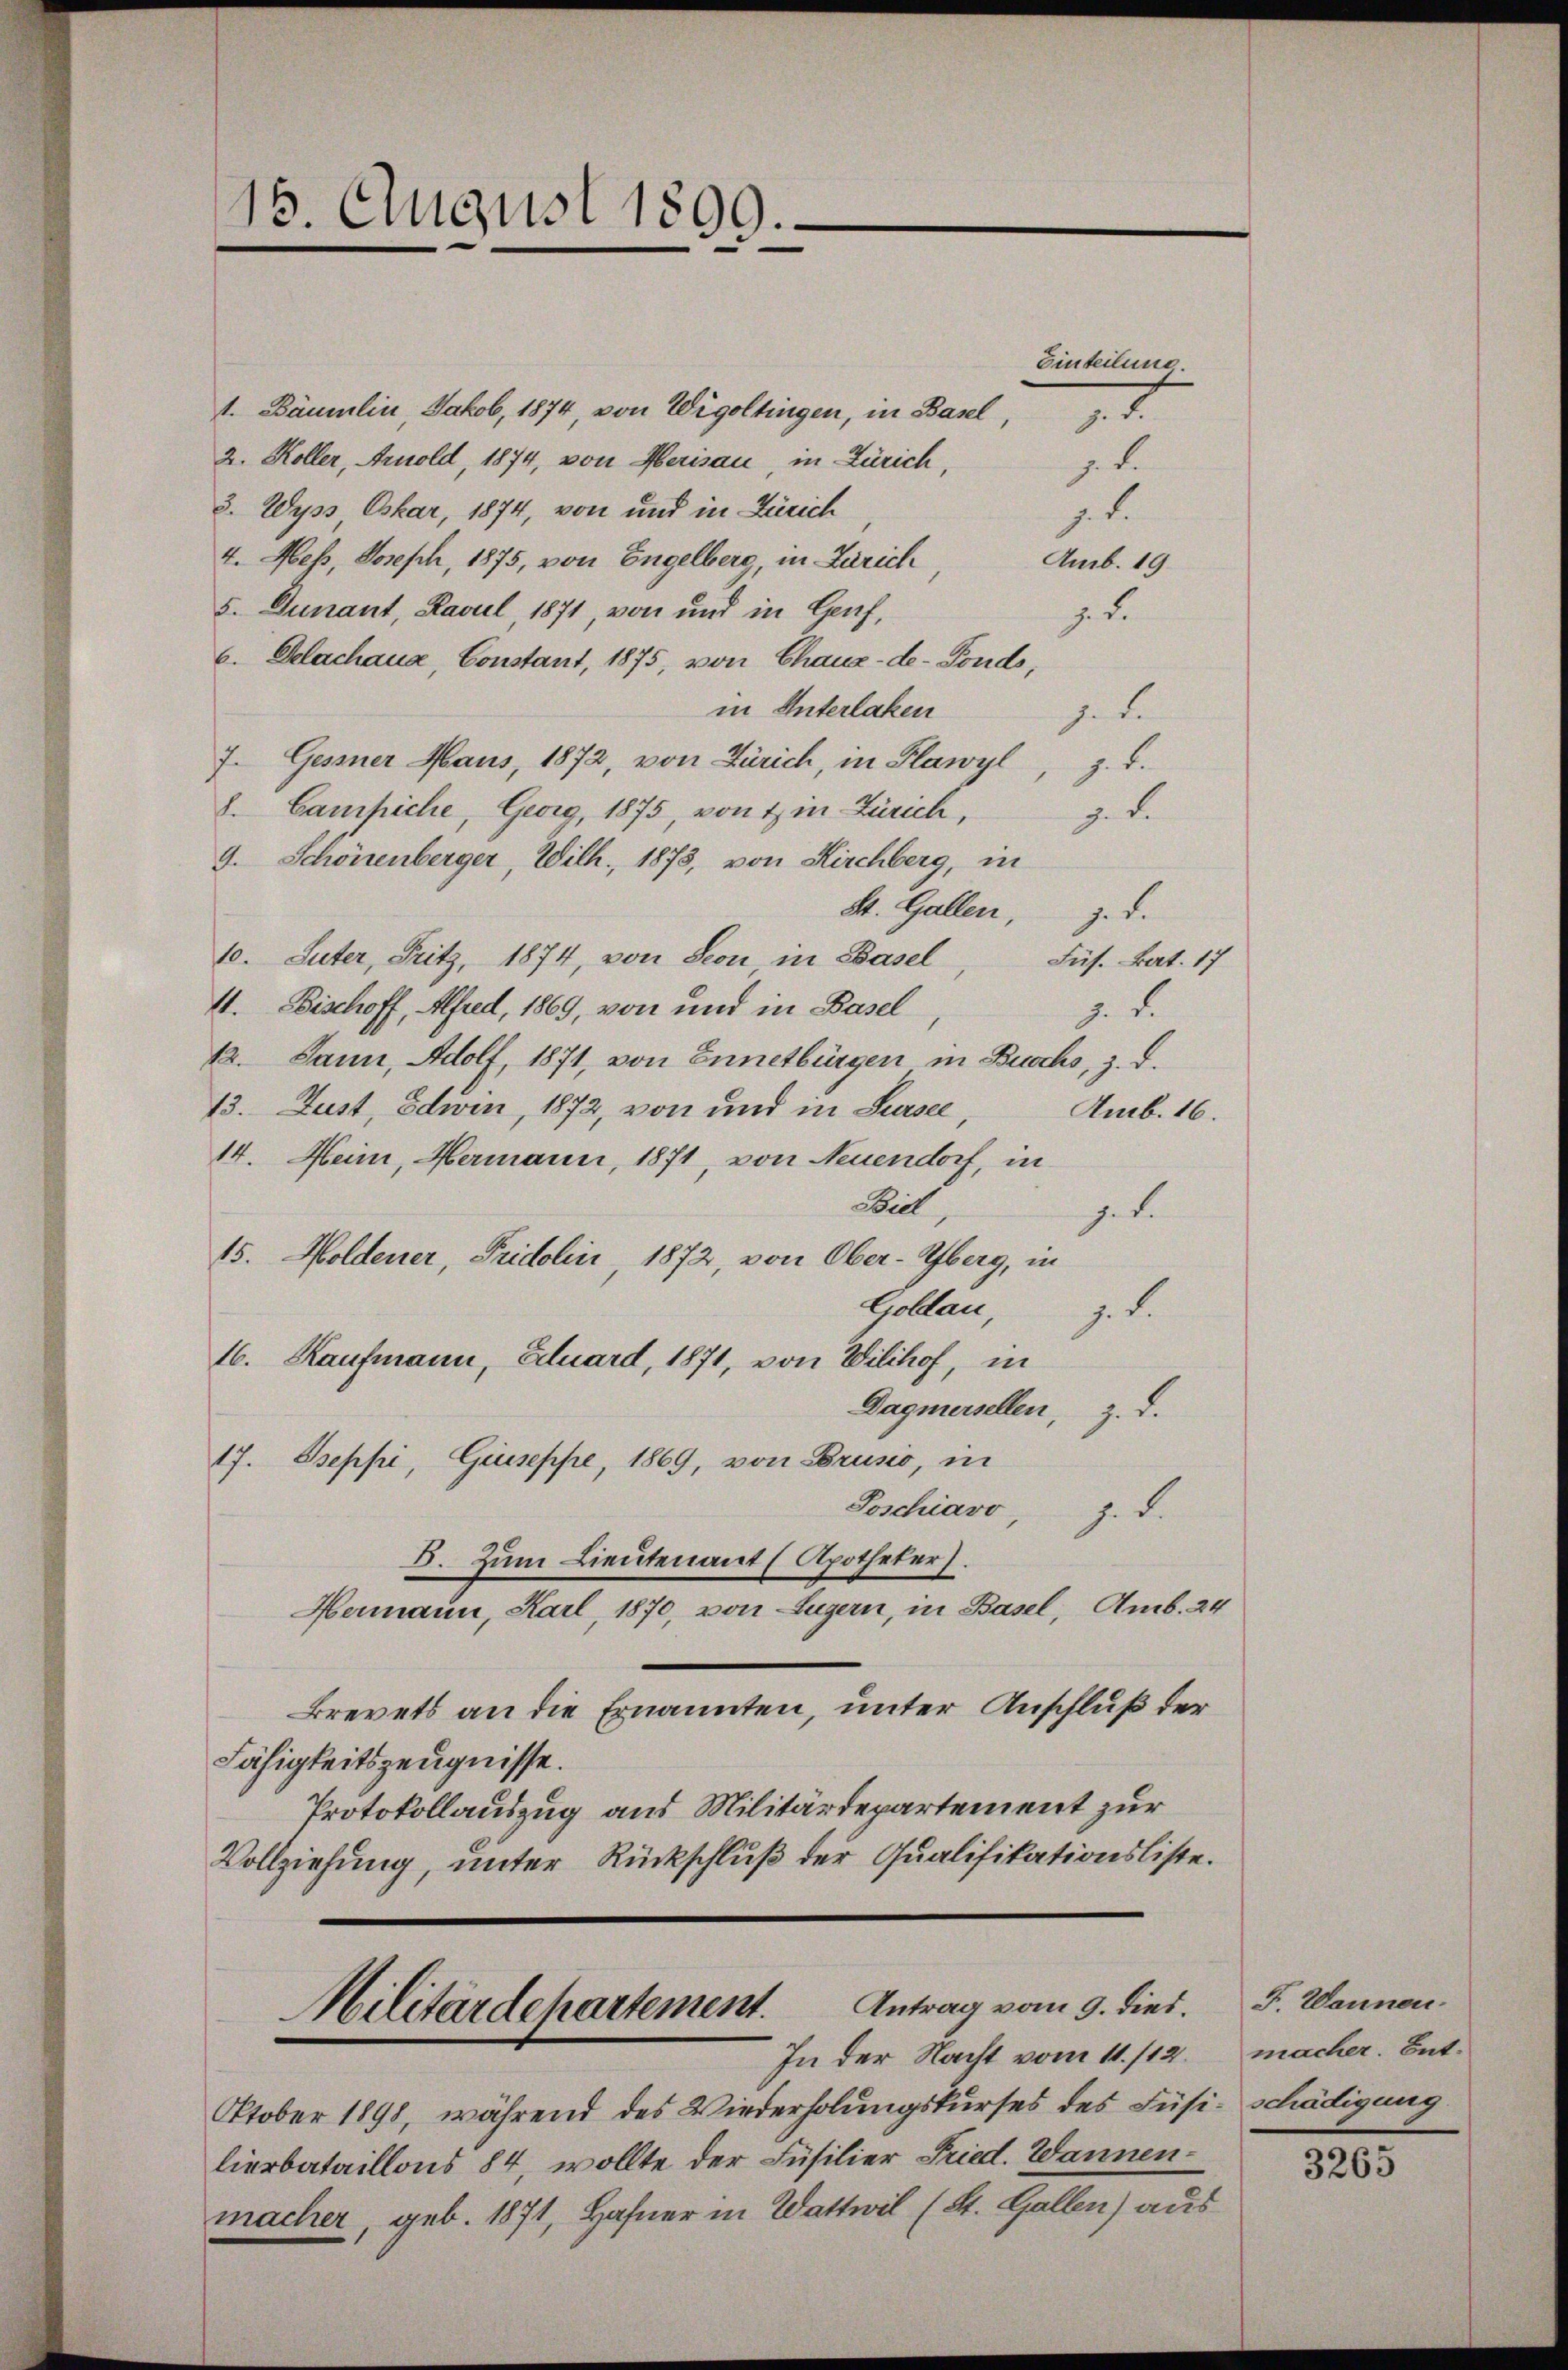
15. August 1899.

1. Bäumlin Jakob, 1874, von Wigoltingen, in Basel,
2. Koller, Arnold, 1874, von Merisau, in Zürich,
3. Wyss Oskar, 1874, von und in Zürich
t.
4. Mess, Joseph, 1875, von Engelberg, in Zürich,
Amb. 19.
5. Dunant, Ravul 1871, von und in Genf,
J.
6. Delachaua, Constant, 1875, von Chaux-de-Fonds,
in Unterlaken
gebe
7. Gessner Maus, 1872, von Zürich, in Flawyl, z. T.
8. Campiche, Georg, 1875, von 4 in Zürich,
z. B.
9. Schönenberger, Wilh. 1873, von Kirchberg, in
St. Gallen, z. d.
10. Suter, Fritz, 1874, von Seon in Basel, Füs. Bat. 17
4. Bischoff, Alfred, 1869, von und in Basel
1
12. Jann, Adolf, 1871, von Ennetbürgen in Buchs, z. d.
13. Just, Edwin, 1872, von und in Sursee,
Amb. 16.
14. Heim, Hermann, 1871, von Neuendorf, in
Beil
gete
15. Holdener, Fridolini 1872, von Ober-Oberg, in
Gollau, z. d.
16. Kaufmann, Eduard, 1871, von Wilihof, in
Dagmersellen, z. d.
17. Sseppi, Giuseppe, 1869, von Brusio, in
Poschiavo, z. d.
B. Zum Lieutenant (Apotheker).
Hermann, Karl, 1870, von Luzern, in Basel, Amb. 24
Brevets an die Ernannten, unter Anschluß der
Fähigkeitszeugnisse.
Protokollauszug aus Militärdepartement zur
Vollziehung, unter Rückschluß der Qualifikationsliste.

t.

Einteilung

12

Hilitärdepartement. Antrag vom 9. dies. F. Wannen.
In der Nacht vom 11. /12.

Oktober 1898, während des Wiederholungskurses des Füsi- schädigung
lierbataillons 84, wollte der Füsilier Fried. Wannenmacher, geb. 1871, Hafner in Wattwil (St. Gallen) aus

macher. Ent¬

3265